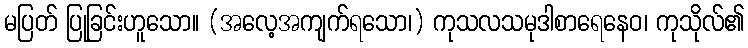
မပြတ် ပြုခြင်းဟူသော။ (အလေ့အကျက်ရသော၊) ကုသလသမုဒါစာရေနေဝ၊ ကုသိုလ်၏